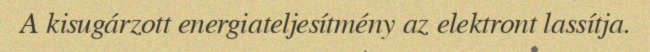
A kisugárzott energiateljesítmény az elektront lassítja.